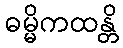
ဓမ္မိကထန္တိ